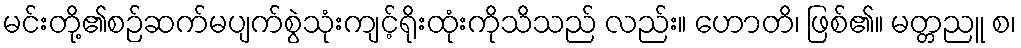
မင်းတို့၏စဉ်ဆက်မပျက်စွဲသုံးကျင့်ရိုးထုံးကိုသိသည် လည်း။ ဟောတိ၊ ဖြစ်၏။ မတ္တညူ စ၊